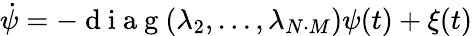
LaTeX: \dot{\psi}=-\mathrm{~d~i~a~g~}(\lambda_{2},...,\lambda_{N\cdot M})\psi(t)+\xi(t)